Civil Veterinary Dept. Assam report 1927-50 - 1927-1950
Year: 1927
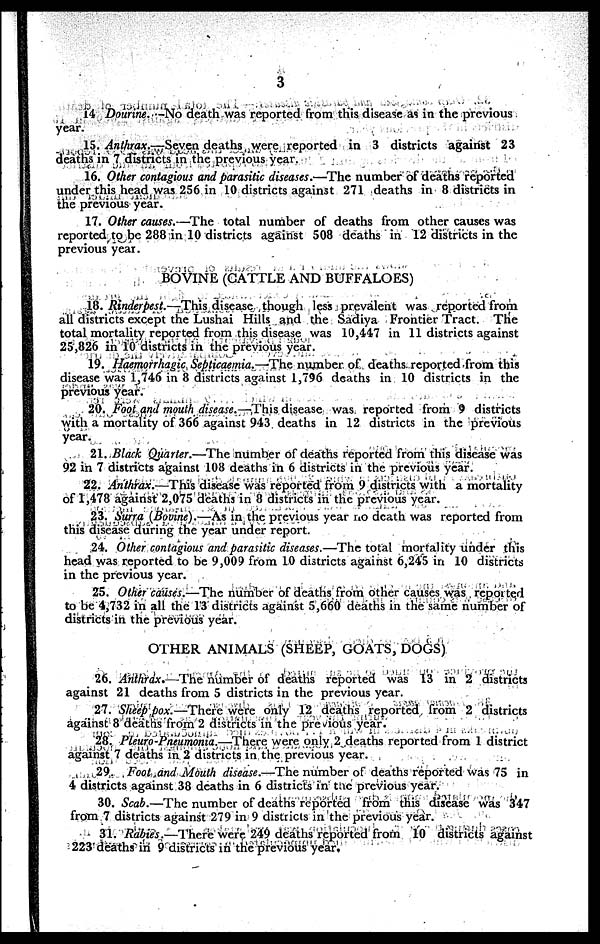
3
14 Dourine. -No death was reported from this disease as in the previous
year.
15. Anthrax.—Seven deaths were reported in 3 districts against 23
deaths in 7 districts in the previous year.
16. Other contagious and parasitic diseases.—The number of deaths reported
under this head was 256 in 10 districts against 271 deaths in 8 districts in
the previous year.
17. Other causes.—The total number of deaths from other causes was
reported to be 288 in 10 districts against 508 deaths in 12 districts in the
previous year.
BOVINE (CATTLE AND BUFFALOES)
18. Rinderpest.—This disease though less prevalent was reported from
all districts except the Lushai Hills and the Sadiya Frontier Tract. The
total mortality reported from this disease was 10,447 in 11 districts against
25,826 in 10 districts in the previous year.
19. Haemorrhagic Septicaemia.—-The number of deaths reported from this
disease was 1,746 in 8 districts against 1,796 deaths in 10 districts in the
previous year.
20. Foot and mouth disease.—This disease was reported from 9 districts
with a mortality of 366 against 943 deaths in 12 districts in the previous
year.
21. Black Quarter.—The number of deaths reported from this disease was
92 in 7 districts against 108 deaths in 6 districts in the previous year.
22. Anthrax.—This disease was reported from 9 districts with a mortality
of 1,478 against 2,075 deaths in 8 districts in the previous year.
23. Surra (Bovine).—As in the previous year no death was reported from
this disease during the year under report.
24. Other contagious and parasitic diseases.—The total mortality under this
head was reported to be 9,009 from 10 districts against 6,245 in 10 districts
in the previous year.
25. Other causes.—The number of deaths from other causes was reported
to be 4,732 in all the 13 districts against 5,660 deaths in the same number of
districts in the previous year.
OTHER ANTMALS (SHEEP, GOATS, DOGS)
26. Anthrax,—The number of deaths reported was 13 in 2 districts
against 21 deaths from 5 districts in the previous year.
27. Sheep pox.—There were only 12 deaths reported from 2 districts
against 8 deaths from 2 districts in the previous year.
28. Pleuro-Pneumonia.—There were only 2 deaths reported from 1 district
against 7 deaths in 2 districts in the previous year.
29. Foot and Mouth disease.—The number of deaths reported was 75 in
4 districts against 38 deaths in 6 districts in the previous year.
30. Scab.—The number of deaths reported from this disease was 347
from 7 districts against 279 in 9 districts in the previous year.
31. Rabies.—There were 249 deaths reported from 10 districts against
223 deaths in 9 districts in the previous year.